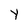
Character: y